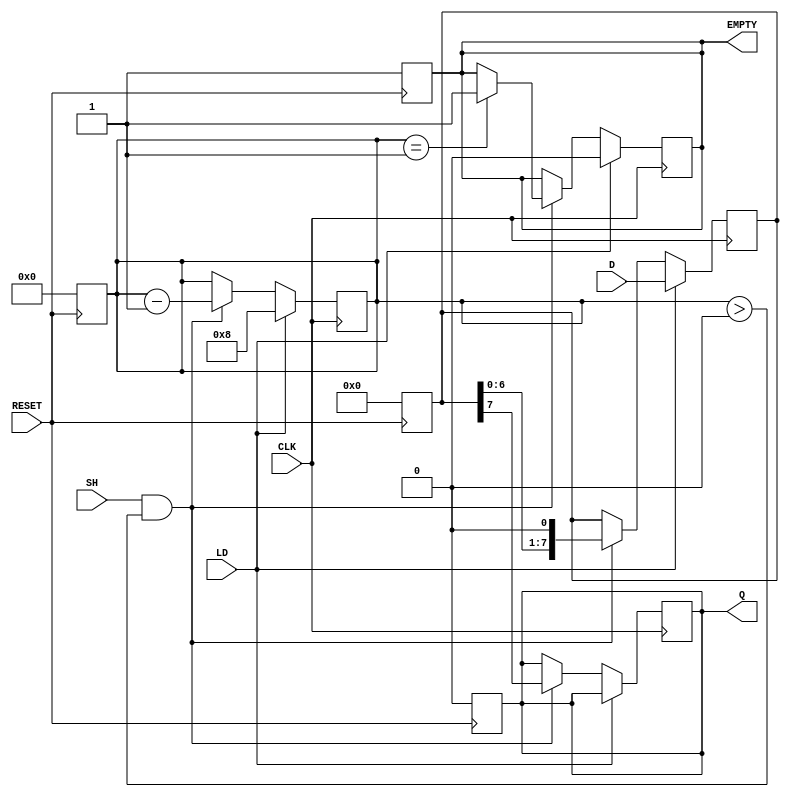
module PISO_Register #(
    parameter WIDTH = 8 // Define the width of the register
)(
    input wire [WIDTH-1:0] D,    // Parallel data input
    input wire LD,                // Load signal
    input wire CLK,               // Clock signal
    input wire SH,                // Shift signal
    input wire RESET,             // Asynchronous reset
    output reg Q,                 // Serial output
    output reg EMPTY              // Empty signal
);

    reg [WIDTH-1:0] shift_reg;    // Shift register to hold the data
    reg [3:0] count;               // Counter to track the number of bits shifted out

    // Asynchronous reset
    always @(posedge RESET) begin
        shift_reg <= 0;
        Q <= 0;
        EMPTY <= 1; // Register is empty after reset
        count <= 0;
    end

    // Edge-triggered behavior on clock
    always @(posedge CLK) begin
        if (LD) begin
            // Load data into the shift register
            shift_reg <= D;
            count <= WIDTH; // Reset count to the width of the register
            EMPTY <= 0;     // Register is not empty after loading
        end else if (SH && (count > 0)) begin
            // Shift data out serially
            Q <= shift_reg[WIDTH-1]; // Output the MSB
            shift_reg <= {shift_reg[WIDTH-2:0], 1'b0}; // Shift left
            count <= count - 1; // Decrement the count
            if (count == 1) begin
                EMPTY <= 1; // Register is empty after last bit is shifted out
            end
        end
    end

endmodule